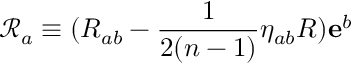
\mathcal { R } _ { a } \equiv ( R _ { a b } - \frac { 1 } { 2 ( n - 1 ) } \eta _ { a b } R ) \mathbf { e } ^ { b }